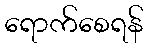
ရောက်စေရန်